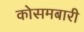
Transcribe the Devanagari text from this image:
कोसमबारी